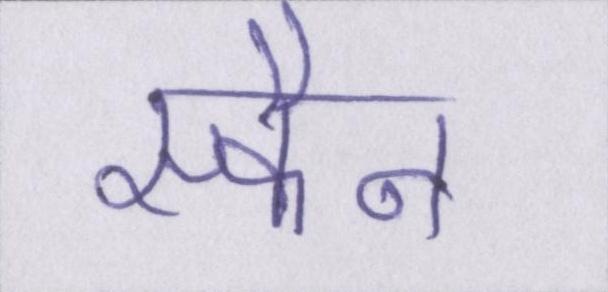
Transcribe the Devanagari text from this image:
स्कैन